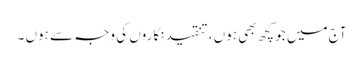
آج میں جو کچھ بھی ہوں ، تنقید نگاروں کی وجہ سے ہوں ۔